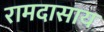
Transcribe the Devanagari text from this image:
रामदासाय